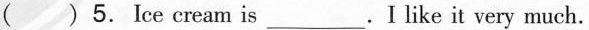
( ) 5.Ice cream is ___ .I like it very much.